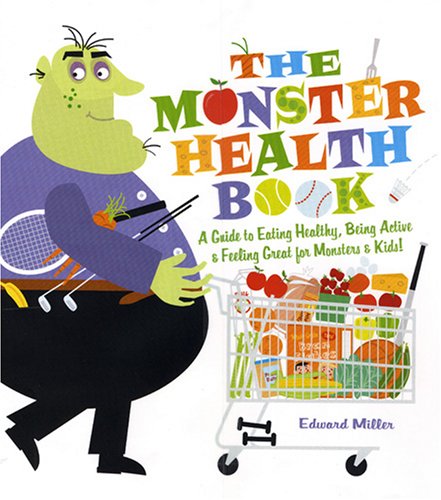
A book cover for The Monster Health Book: A Guide to Eating Healthy, Being Active & Feeling Great for Monsters & Kids!; Edward Miller; Health, Fitness & Dieting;